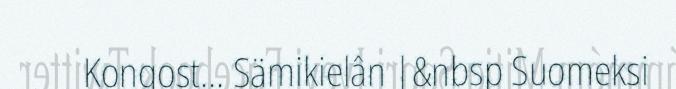
Kongost... Sämikielân |&nbsp Suomeksi